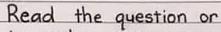
Read the question or